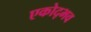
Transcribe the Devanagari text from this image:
एकोद्भव